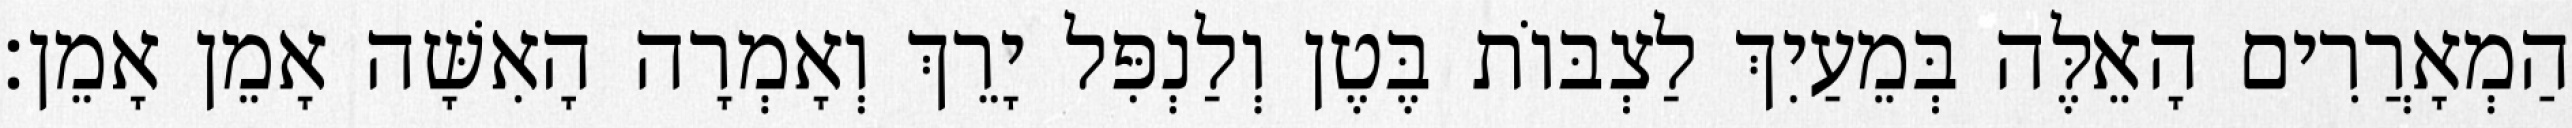
הַמְאָרֲרִים הָאֵלֶּה בְּמֵעַיִךְ לַצְבּוֹת בֶּטֶן וְלַנְפִּל יָרֵךְ וְאָמְרָה הָאִשָּׁה אָמֵן אָמֵן׃